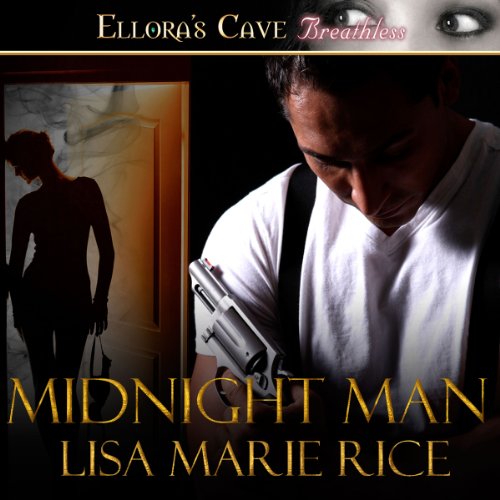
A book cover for Midnight Man; Lisa Marie Rice; Romance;